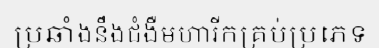
ប្រឆាំងនឹងជំងឺមហារីកគ្រប់ប្រភេទ